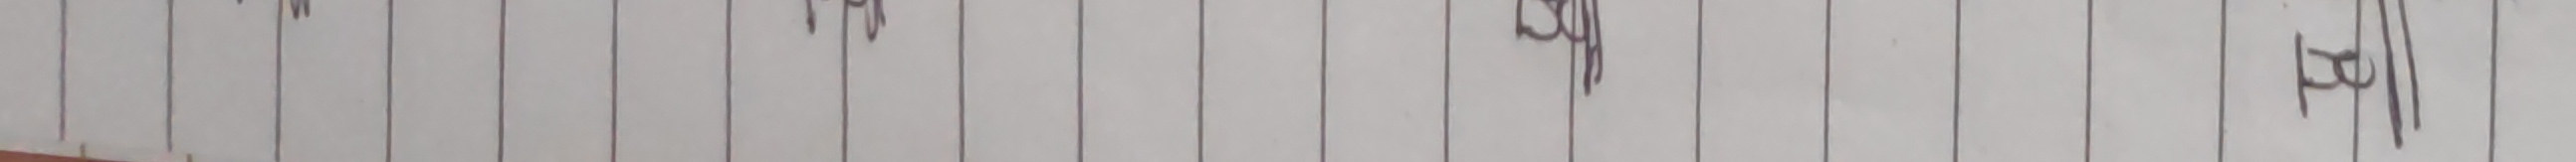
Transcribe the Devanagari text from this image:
म्य द्य व्य त्य ल्य